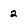
Character: 2